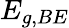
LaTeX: E_{g,BE}